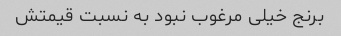
برنج خیلی مرغوب نبود به نسبت قیمتش